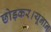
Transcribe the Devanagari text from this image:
छोड़कर।यूनान